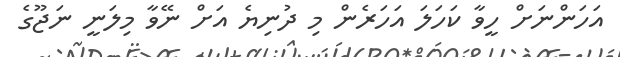
އަހަންނަށް ހީވާ ކަހަލަ އަހަރެން މި ދުނިޔެ އަށް ނޭވާ މިލަނީ ނަޖޫގެ